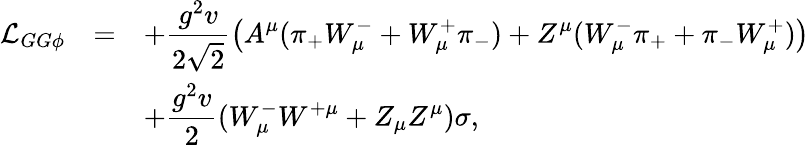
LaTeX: \begin{array}{rcl}{{{\cal L}_{GG\phi}}}&{{=}}&{{\displaystyle+\frac{g^{2}v}{2\sqrt{2}}\left(A^{\mu}(\pi_{+}W_{\mu}^{-}+W_{\mu}^{+}\pi_{-})+Z^{\mu}(W_{\mu}^{-}\pi_{+}+\pi_{-}W_{\mu}^{+})\right)}}\\ {{}}&{{}}&{{\displaystyle+\frac{g^{2}v}{2}(W_{\mu}^{-}W^{+\mu}+Z_{\mu}Z^{\mu})\sigma,}}\end{array}